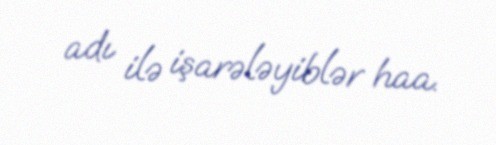
adı ilə işarələyiblər haa.